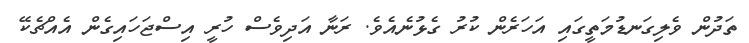
ތަދުން ވެލިގަނޑުމަތީގައި އަހަރެން ކުރު ގެޅުނެއެވެ. ރަނާ އަދިވެސް ހުރީ އިސްޖަހައިގެން އެއްޗެކޭ